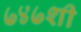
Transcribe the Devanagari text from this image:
७४७शी